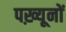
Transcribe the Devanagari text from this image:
पख़्यूनों